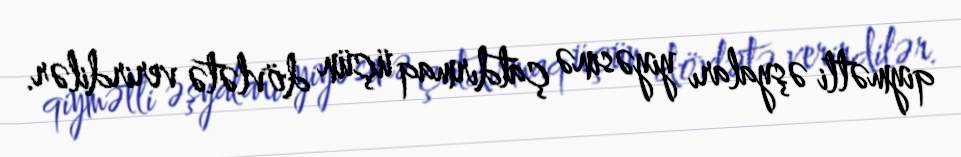
qiymətli əşyaları yiyəsinə çatdırmaq üçün dövlətə verirdilər.